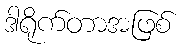
ဒါရိုက်တာအဖြစ်